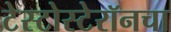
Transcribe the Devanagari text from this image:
टेस्टोस्टेरॉनचा